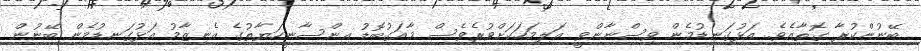
ބޭނުންކުރާ ގޮތާއެވެ. އަޅުގަނޑުމެން ވިސްނާންވީ އަލިމަހަކަށްވުރެވެސް މާއަގުބޮޑު އިންސާނީހަޔާތުގެ އެނިޒާމު އަޅުގަނޑުމެން ބޭނުން